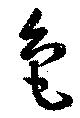
色